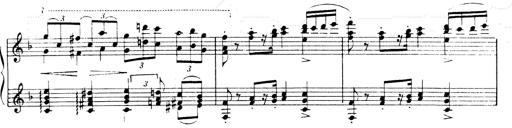
Title: Andante Finale und Marsch aus der Oper KÃ¶nig Alfred
Composer: Franz Liszt